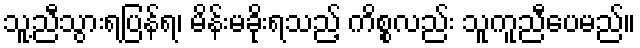
သူ့ညီသွားရပြန်ရ၊ မိန်းမခိုးရသည့် ကိစ္စလည်း သူကူညီပေမည်။